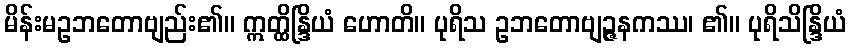
မိန်းမဥဘတောဗျည်း၏။ ဣတ္ထိန္ဒြိယံ ဟောတိ။ ပုရိသ ဥဘတောဗျဉ္ဇနကဿ၊ ၏။ ပုရိသိန္ဒြိယံ